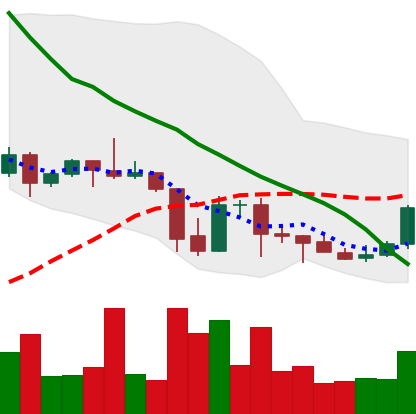
Ticker: DOGE-USD
Chart end date: 2021-10-01
Forward return: 14.405%
Label: up_7plus